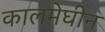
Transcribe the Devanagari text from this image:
कालमेघीन